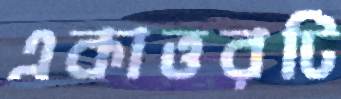
একাত্তরটি